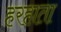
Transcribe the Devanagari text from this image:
हरहाता